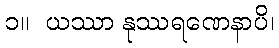
၁။  ယဿာ နုဿရဏေနာပိ၊